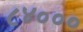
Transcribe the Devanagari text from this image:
८४०००